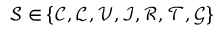
\mathcal { S } \in \left\{ \mathcal { C } , \mathcal { L } , \mathcal { V } , \mathcal { I } , \mathcal { R } , \mathcal { T } , \mathcal { G } \right\}